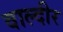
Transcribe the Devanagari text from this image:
वाल्दीर